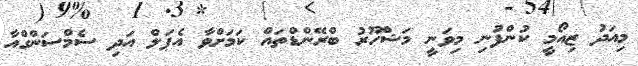
މިއަދު ޒިއޯމީ ކުންފުނި މިވަނީ މަޝްހޫރު ބްރޭންޑްތައް ކަމަށްވާ އެޕަލް އަދި ސެމްސަންގްއާ